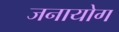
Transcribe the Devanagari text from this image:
जनायोग